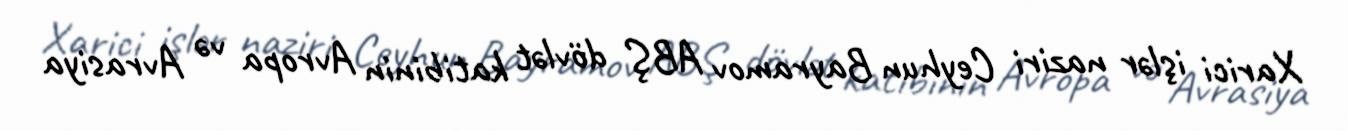
Xarici işlər naziri Ceyhun Bayramov ABŞ dövlət katibinin Avropa və Avrasiya